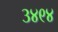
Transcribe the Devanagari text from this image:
३४९४